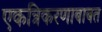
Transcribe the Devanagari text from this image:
एकत्रिकरणाबाबत